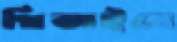
থিতাইবে